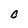
Character: B